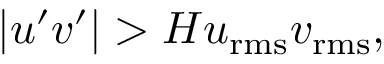
| u ^ { \prime } v ^ { \prime } | > H u _ { \mathrm { r m s } } v _ { \mathrm { r m s } } ,